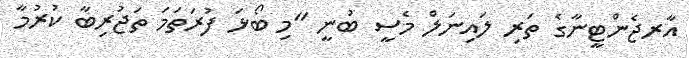
އާރޖެންޓީނާގެ ތަރި ލައިނަލް މެސީ ބުނީ "މި ބޯޅަ ފުރަތަމަ ތަޖުރިބާ ކުރުމާ